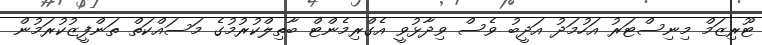
ޓޫރިޒަމް މިނިސްޓަރު އަހުމަދު އަދީބު ވެސް ވިދާޅުވީ އެގްރިމެންޓް ބާތިލްކުރުމުގެ މަސައްކަތް ތަންފީޒުކުރަމުން